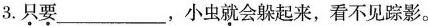
3.\underset{·}{只}\underset{·}{要}___，小虫\underset{·}{就}会躲起来，看不见踪影。